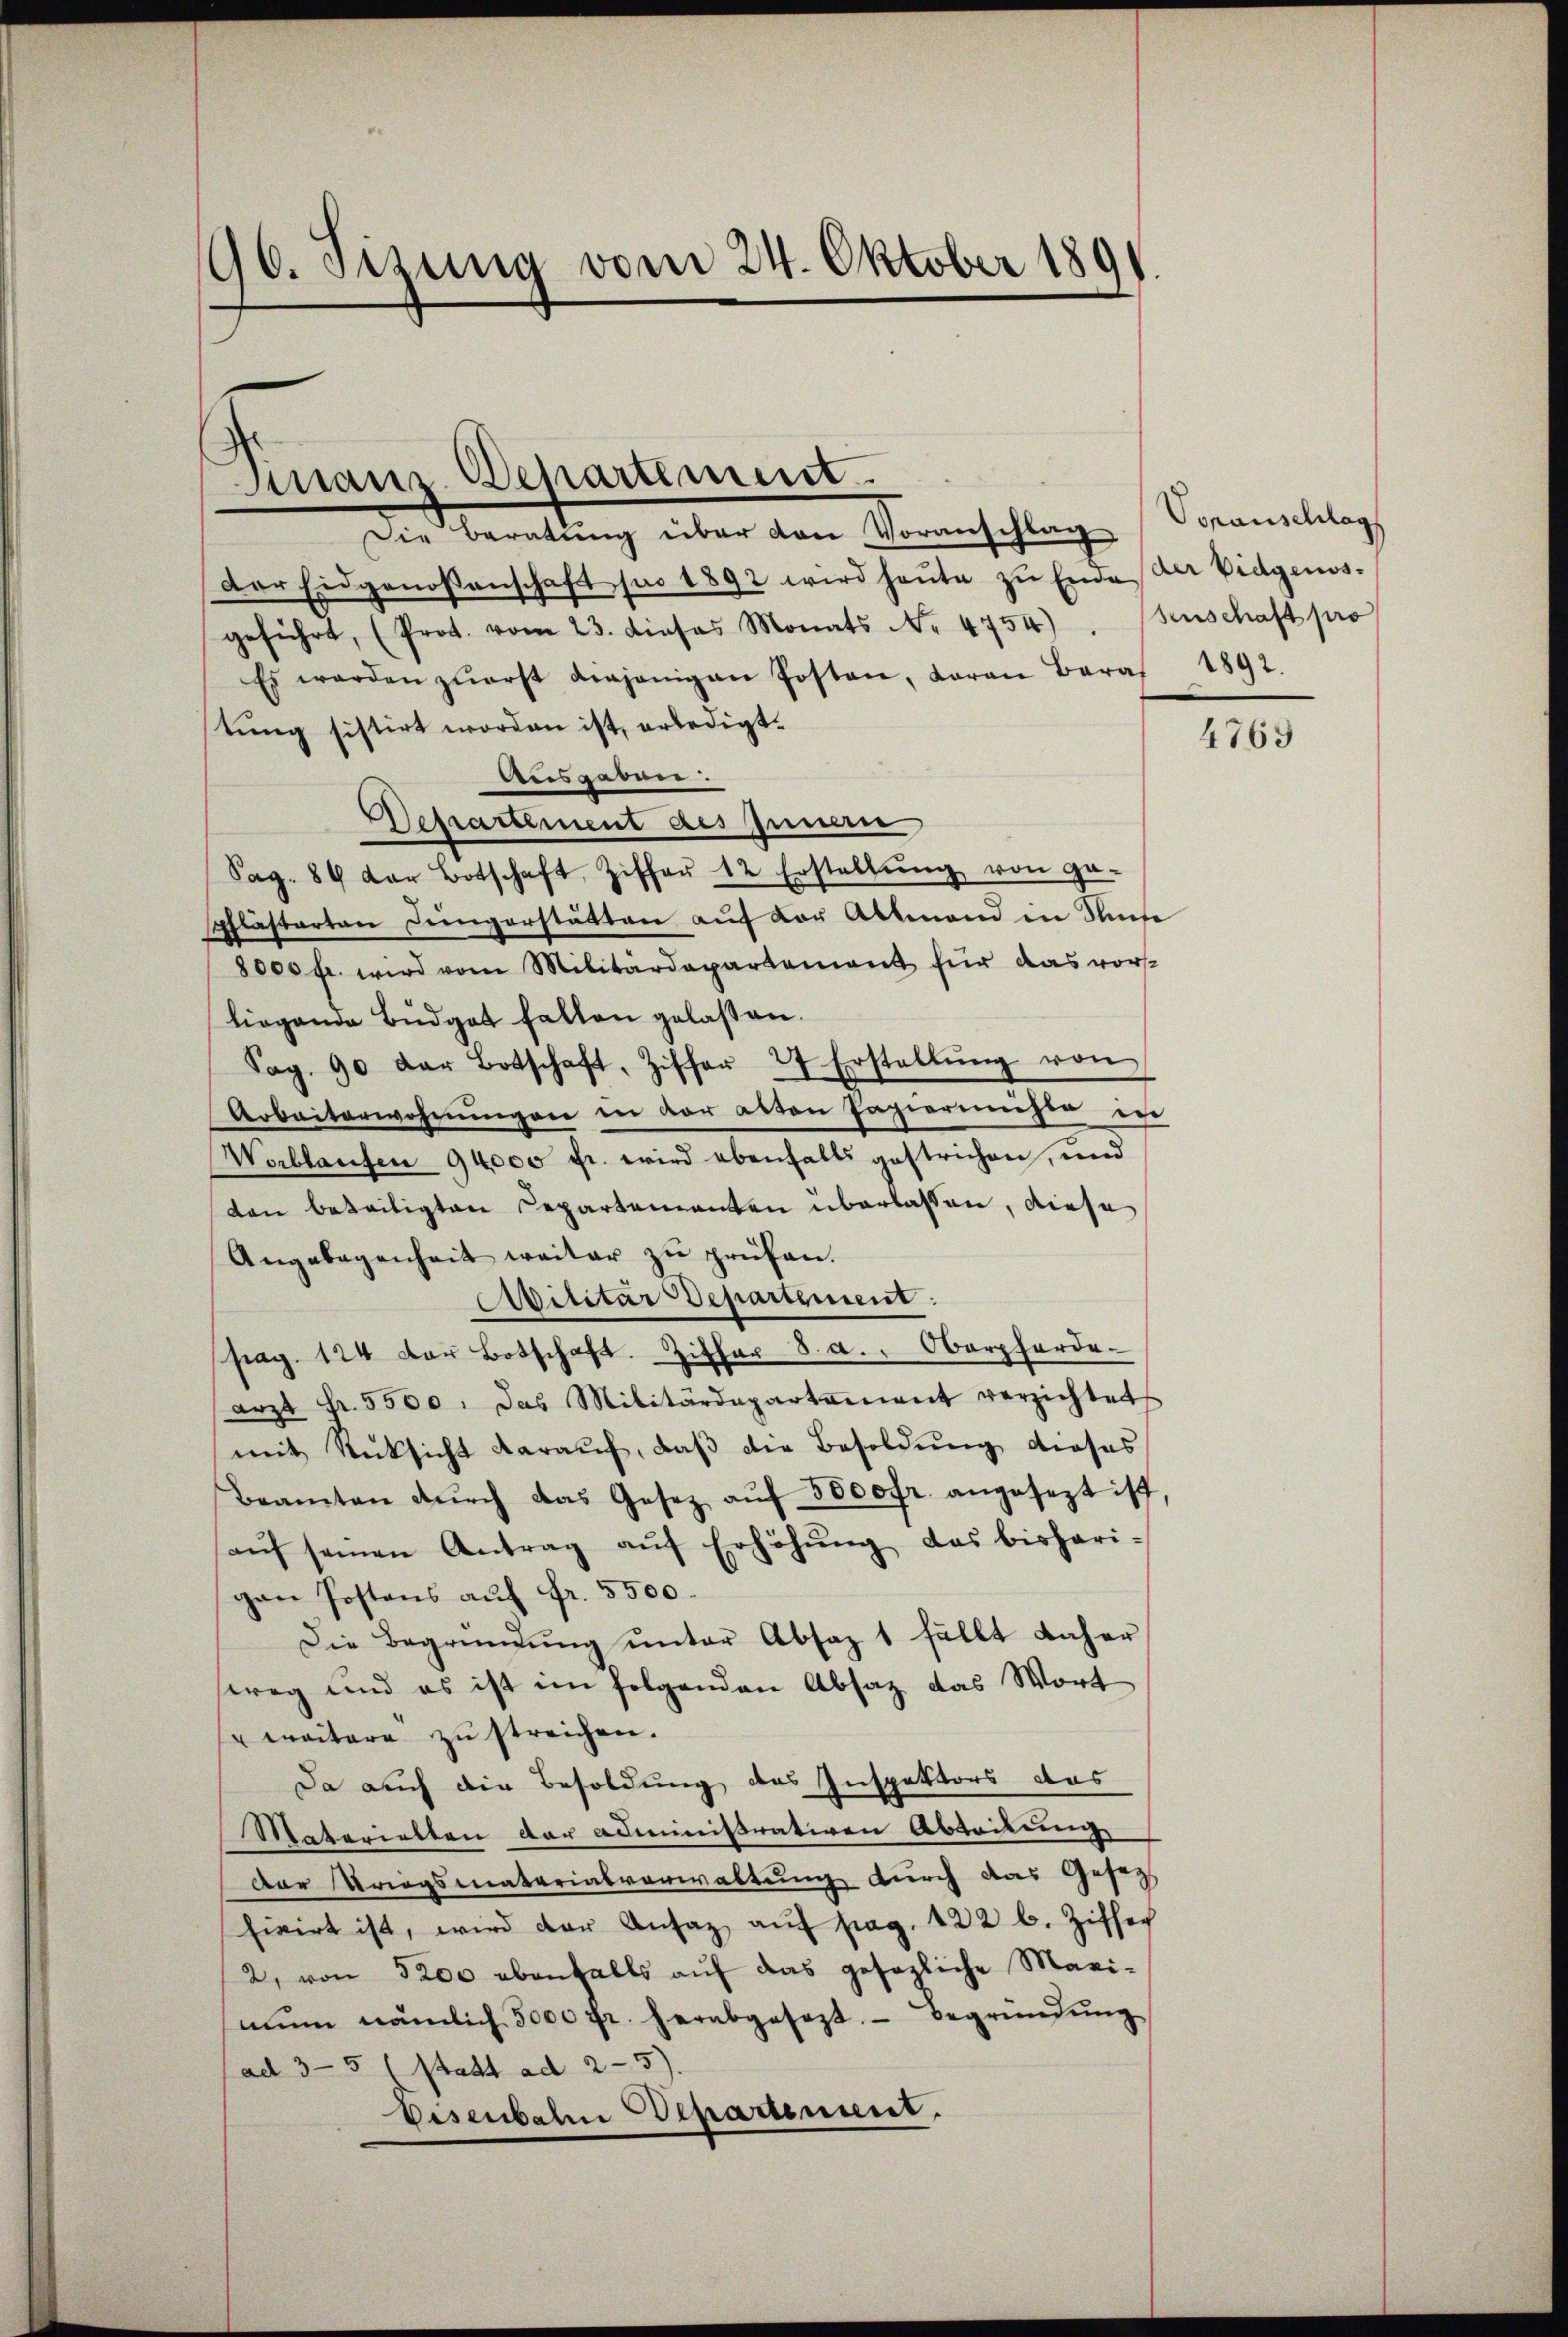
90. Sizung vom 24. Oktober 1891

manr. Departement.

Die Beratung über den Voranschlag Voranschlag
Der Eidgenossenschaft pro 1892 wird heŭte zu Ende der Eidgenos-
geführt, (Prot. vom 23. dieses Monats Nr. 4754)
Es werden zŭerst diejenigen Posten, daran Bara 1892.
tung sistirt worden ist, erledigt.
Ausgaben.
Departement des Innen
Sag. 84 der Botschaft, Ziffer 12 Erstellŭng von ge-
Schläftarten Jüngerstätten auf vor Altmand in Rufe
8000 fr. wird vom Militärdepartement für das vor-
liegende Büdget fallen gelassen.
Sag. 90 der Botschaft, Ziffer 27 Erstellŭng von
Arbeiterwohnungen in der alten Papiermeiste ic
Worblaufen 94000 fr. wird ebenfalls gestrichen, und
ton beteiligten Departementen überlassen, diese
Angelegenheit weiter zŭ prüfen.
Avititar Departement.
pag. 124 der Botschaft. Ziffer 8. a. Oberforde
arzt Fr. 5500. Das Militärdepartement verzichtet
mit Rücksicht darauf, daß die Besoldung dieses
Beamten dŭrch das Gesez aŭf 5000fr. angesezt ist,
aŭf seinen Antrag aŭf Erhöhŭng das bisheri-
gen Postens auf Fr. 5500.
Die Begründung unter Absaz 1 fällt daher
weg und es ist im folgenden Absaz das Wort
" weitere zu streichen.
Da auch die Besoldung des Inspektors das
Materietten der administrativen Abteilung
Der Kriegsmaterialverwaltung durch das Gesag
fivirt ist, wird der Ansaz aŭf pag. 122 b. Ziffer
2, von 3200 ebenfalls auf das gesezliche Maxi-
nŭn nämlich 5000 fr. herabgesezt. Begründŭng
(ad 3-5 1 statt ad 2-5).
Disenbahn Departement.

senschaft pro

4769